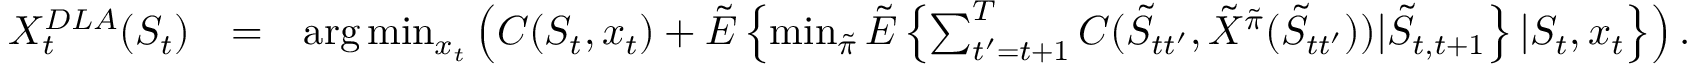
\begin{array} { r l r } { X _ { t } ^ { D L A } ( S _ { t } ) } & { = } & { \mathrm { a r g } \operatorname* { m i n } _ { x _ { t } } \left( C ( S _ { t } , x _ { t } ) + { \tilde { E } } \left\{ \operatorname* { m i n } _ { { \tilde { \pi } } } { \tilde { E } } \left\{ \sum _ { t ^ { \prime } = t + 1 } ^ { T } C ( { \tilde { S } } _ { t t ^ { \prime } } , { \tilde { X } } ^ { \tilde { \pi } } ( { \tilde { S } } _ { t t ^ { \prime } } ) ) | { \tilde { S } } _ { t , t + 1 } \right\} | S _ { t } , x _ { t } \right\} \right) . } \end{array}